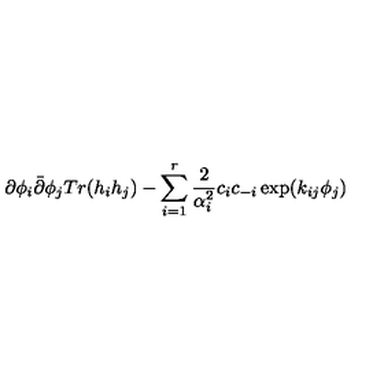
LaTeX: \partial \phi _ { i } \bar { \partial } \phi _ { j } T r ( h _ { i } h _ { j } ) - \sum _ { i = 1 } ^ { r } \frac { 2 } { \alpha _ { i } ^ { 2 } } c _ { i } c _ { - i } \exp ( k _ { i j } \phi _ { j } )